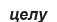
целу